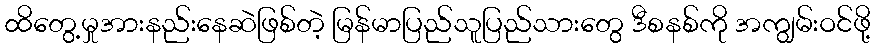
ထိတွေ့မှုအားနည်းနေဆဲဖြစ်တဲ့ မြန်မာပြည်သူပြည်သားတွေ ဒီစနစ်ကို အကျွမ်းဝင်ဖို့